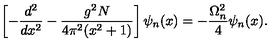
\left[ - \frac { d ^ { 2 } } { d x ^ { 2 } } - \frac { g ^ { 2 } N } { 4 \pi ^ { 2 } ( x ^ { 2 } + 1 ) } \right] \psi _ { n } ( x ) = - \frac { \Omega _ { n } ^ { 2 } } { 4 } \psi _ { n } ( x ) .